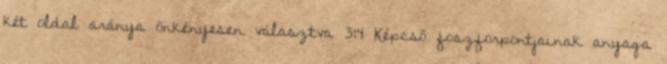
két oldal aránya önkényesen választva 3:4 Képcső foszforpontjainak anyaga